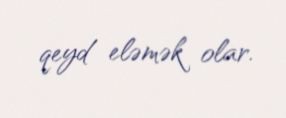
qeyd eləmək olar.